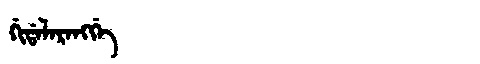
Manchu: ᡤᡳᡩᠠᠯᠠᡵᠠᠩᡤᡝ
Romanization: GIDALARANGGE